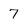
Character: 7